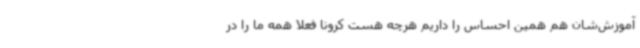
آموزش‌شان هم همین احساس را داریم هرچه هست کرونا فعلاً همه ما را در